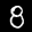
Label: 8